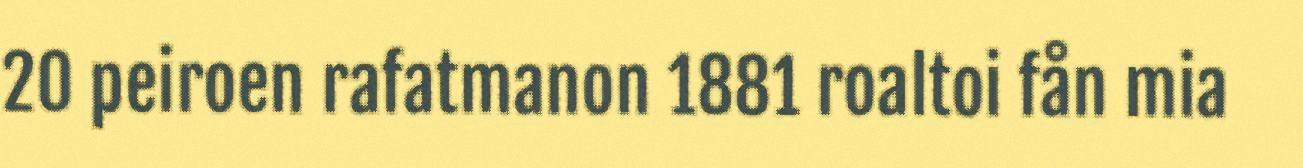
20 peiroen rafatmanon 1881 roaltoi fån mia